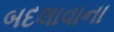
બદલાવાના